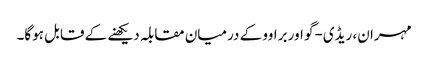
مہران، ریڈی-گو اور براوو کے درمیان مقابلہ دیکھنے کے قابل ہوگا۔